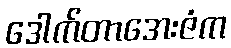
ဒေါက်တာအေးဇံက